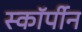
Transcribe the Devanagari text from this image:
स्कॉर्पीन